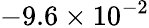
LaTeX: -9.6\times 10^{-2}